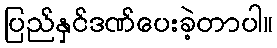
ပြည်နှင်ဒဏ်ပေးခဲ့တာပါ။